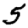
Digit: 5